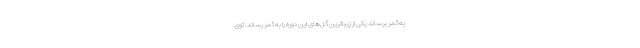
به ثمر برساند یکی از زیباترین گل‌های این دوره را به ثمر رساند. توی